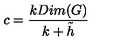
c = { \frac { k D i m ( G ) } { k + { \tilde { h } } } }